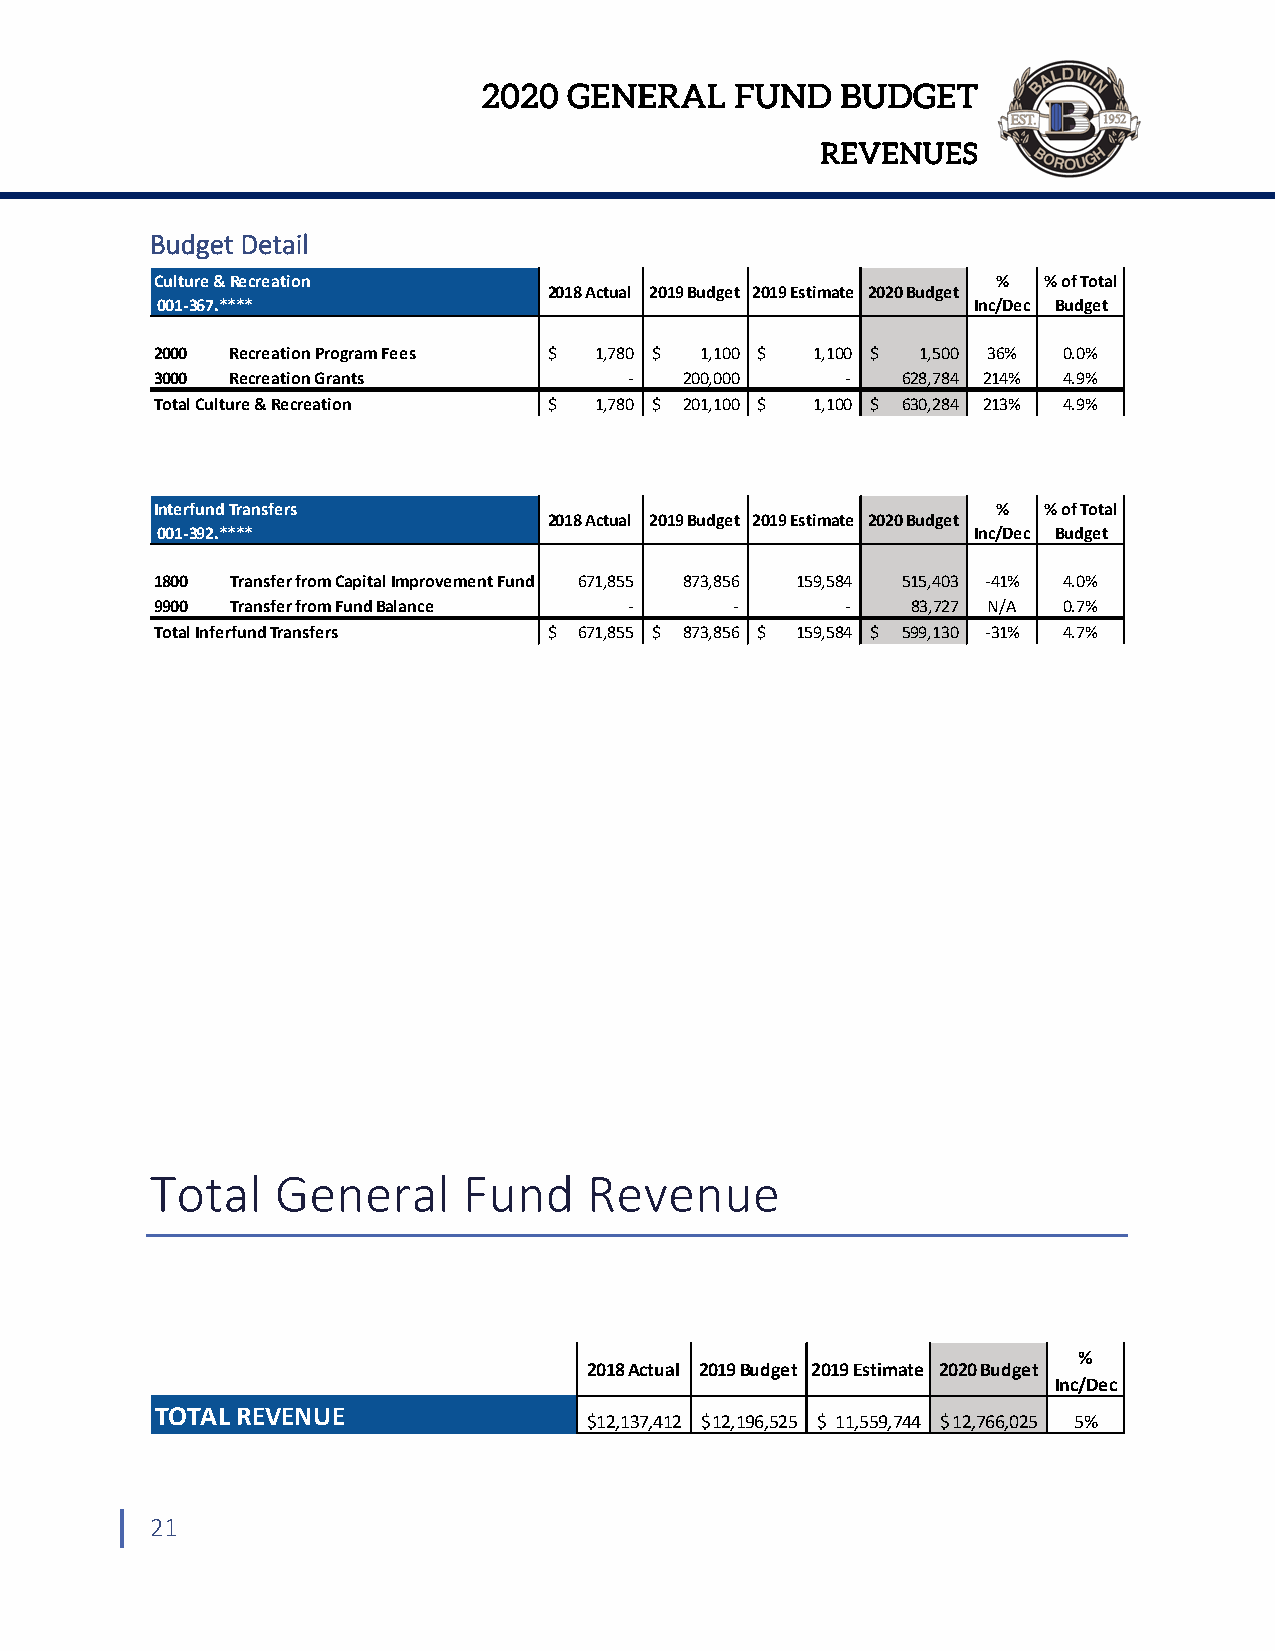
2020  GENERAL    FUND   BUDGET
 REVENUES
 Budget Detail
 Culture & Recreation                                    %  % of Total
 2018 Actual 2019 Budget 2019 Estimate 2020 Budget
 001‐367.****                                          Inc/Dec Budget
 2000 Recreation Program Fees $ 1,780 $ 1,100 $ 1,100 $ 1,500 36% 0.0%
 3000 Recreation Grants          ‐  200,000    ‐   628,784 214% 4.9%
 Total Culture & Recreation $ 1,780 $ 201,100 $ 1,100 $ 630,284 213% 4.9%
 Interfund Transfers                                     %  % of Total
 2018 Actual 2019 Budget 2019 Estimate 2020 Budget
 001‐392.****                                          Inc/Dec Budget
 1800 Transfer from Capital Improvement Fund 671,855 873,856 159,584 515,403 ‐41% 4.0%
 9900 Transfer from Fund Balance ‐      ‐      ‐   83,727 N/A 0.7%
 Total Inferfund Transfers $ 671,855 $ 873,856 $ 159,584 $ 599,130 ‐31% 4.7%
 Total   General      Fund    Revenue
 %
 2018 Actual 2019 Budget 2019 Estimate 2020 Budget
 Inc/Dec
 TOTAL REVENUE
 $1 2,137,412 $ 12,196,525 $ 11,559,744 $ 12,766,025 5%
 21